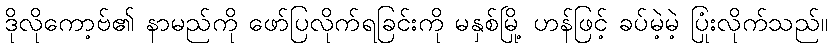
ဒိုလိုကော့ဗ်၏ နာမည်ကို ဖော်ပြလိုက်ရခြင်းကို မနှစ်မြို့ ဟန်ဖြင့် ခပ်မဲ့မဲ့ ပြုံးလိုက်သည်။